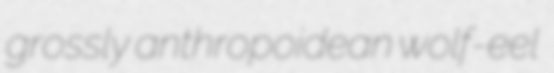
grossly anthropoidean wolf-eel